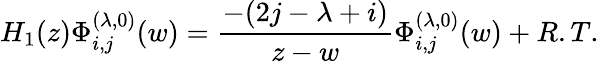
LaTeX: H_{1}(z)\Phi_{i,j}^{(\lambda,0)}(w)=\frac{-(2j-\lambda+i)}{z-w}\Phi_{i,j}^{(\lambda,0)}(w)+R.T.